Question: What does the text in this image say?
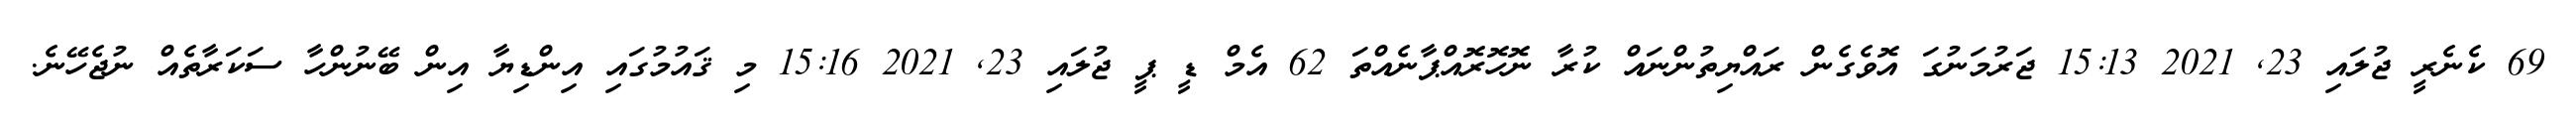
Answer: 69 ކެނެރީ ޖުލައި 23, 2021 15:13 ޖަރުމަނުގަ އޮވެގެން ރައްޔިތުންނައް ކުރާ ނޮހޮރޮއްޕާނެއްތަ 62 އެމް ޑީ ޕީ ޖުލައި 23, 2021 15:16 މި ޤައުމުގައި އިންޑިޔާ އިން ބޭނުންހާ ސަކަރާތެއް ނުޖެހޭނެ.